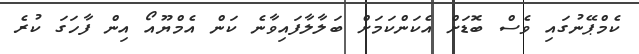
ކެމްޕޭނުގައި ވެސް ބޮޑަށް އެކަންކަމަށް ބަލާލާފައިވާނެ ކަން އެމްޔޫއޯ އިން ފާހަގަ ކުރެ